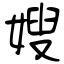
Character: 嫂